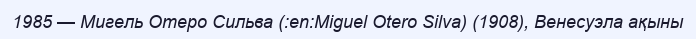
1985 — Мигель Отеро Сильва (:en:Miguel Otero Silva) (1908), Венесуэла ақыны